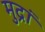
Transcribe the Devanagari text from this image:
मुद्रां